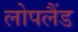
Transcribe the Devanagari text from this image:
लोपलैंड